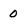
Character: 0